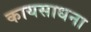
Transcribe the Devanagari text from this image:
कायसाधना